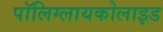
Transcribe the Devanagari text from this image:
पॉलिग्लायकोलाइड